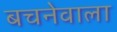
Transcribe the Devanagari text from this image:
बचनेवाला